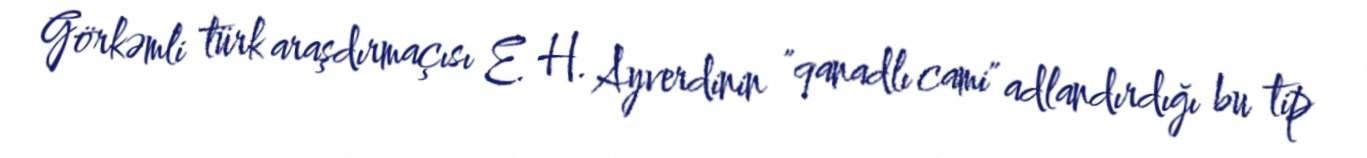
Görkəmli türk araşdırmaçısı E. H. Ayverdinin "qanadlı cami" adlandırdığı bu tip